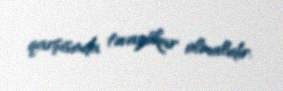
qarşısında təvazökar olmalıdır.